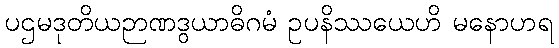
ပဌမဒုတိယဉာဏဒွယာဓိဂမံ ဥပနိဿယေဟိ မနောဟရ